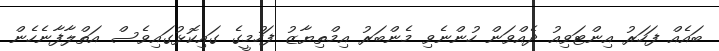
ބައެއް ފަހަރު އިންޓަވިއު ދެއްވަން ހުންނެވި މެންބަރު އިމްތިޔާޒު ފަހުމީގެ ގައިކޮޅުގައިވެސް އަތްލާފާނެހެން